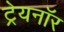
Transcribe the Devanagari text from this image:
ट्रेयनॉर